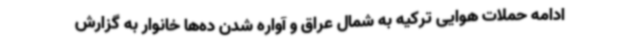
ادامه حملات هوایی ترکیه به شمال عراق و آواره شدن ده‌ها خانوار به گزارش